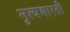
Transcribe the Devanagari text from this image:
नृत्यभारती